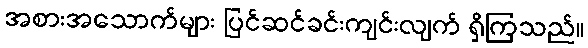
အစားအသောက်များ ပြင်ဆင်ခင်းကျင်းလျက် ရှိကြသည်။